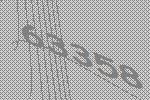
63358